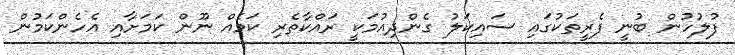
ފުލުހުން ބުނީ ފެރީތަކުގައި ސައިކަލު ގެންދިއުމަކީ ރައްކާތެރި ކަމެއް ނޫން ކަމަށާއި އެހެންކަމުން